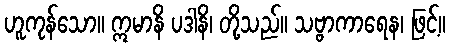
ဟူကုန်သော။ ဣမာနိ ပဒါနိ၊ တို့သည်။ သဗ္ဗာကာရေန၊ ဖြင့်။